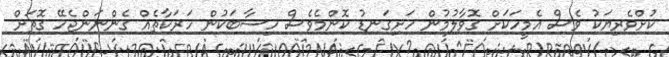
ކުށްވެރިޔަކު ވެސް އެމީހަކަށް ގޮވާލުމުން ހަށިގަނޑު ކޮންމެވެސް ހިސާބަކުން ހަރަކާތެެއް ގެންނަންޖެހޭ ގޮތަށް